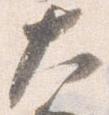
大